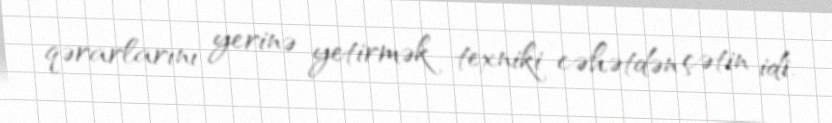
qərarlarını yerinə yetirmək texniki cəhətdən çətin idi.